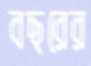
বছরের